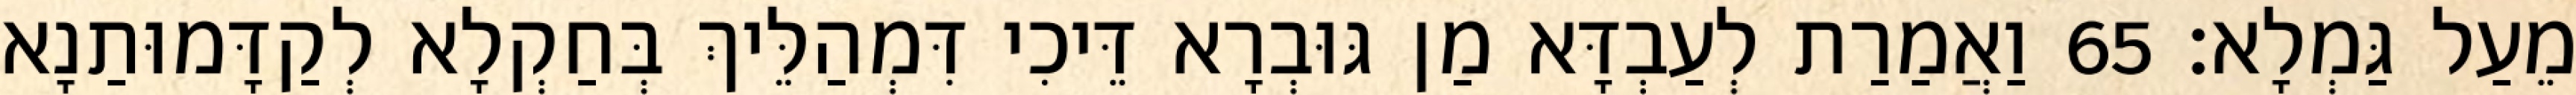
מֵעַל גַּמְלָא׃ 65 וַאֲמַרַת לְעַבְדָּא מַן גּוּבְרָא דֵּיכִי דִּמְהַלֵּיךְ בְּחַקְלָא לְקַדָּמוּתַנָא